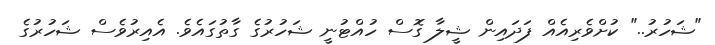
"ޝަހުރު.." ކުށްވެރިއެއް ފަދައިން ޝީލާ ގޮސް ހުއްޓުނީ ޝަހުރުގެ ގާތުގައެވެ. އެއިރުވެސް ޝަހުރުގެ